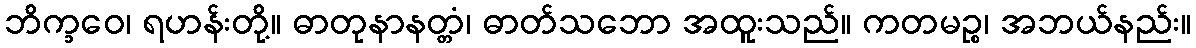
ဘိက္ခဝေ၊ ရဟန်းတို့။ ဓာတုနာနတ္တံ၊ ဓာတ်သဘော အထူးသည်။ ကတမဉ္စ၊ အဘယ်နည်း။